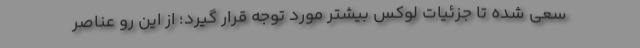
سعی شده تا جزئیات لوکس بیشتر مورد توجه قرار گیرد؛ از این رو عناصر